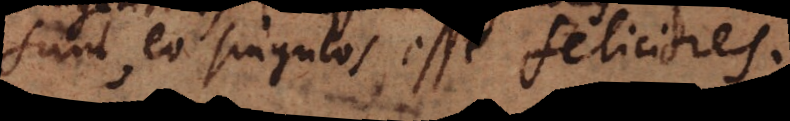
eo singulos esse feliciores.